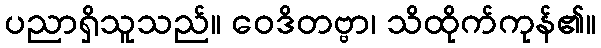
ပညာရှိသူသည်။ ဝေဒိတဗ္ဗာ၊ သိထိုက်ကုန်၏။